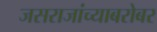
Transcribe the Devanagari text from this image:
जसराजांच्याबरोबर